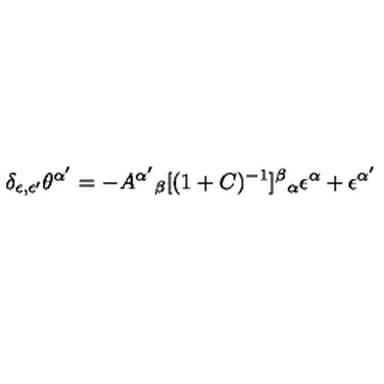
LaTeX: \delta _ { \epsilon , \epsilon ^ { \prime } } \theta ^ { \alpha ^ { \prime } } = - A ^ { \alpha ^ { \prime } } { } _ { \beta } [ ( 1 + C ) ^ { - 1 } ] ^ { \beta } { } _ { \alpha } \epsilon ^ { \alpha } + \epsilon ^ { \alpha ^ { \prime } }